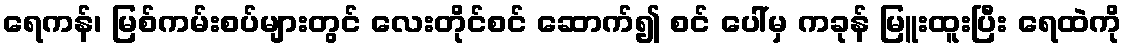
ရေကန်၊ မြစ်ကမ်းစပ်များတွင် လေးတိုင်စင် ဆောက်၍ စင် ပေါ်မှ ကခုန် မြူးထူးပြီး ရေထဲကို